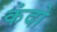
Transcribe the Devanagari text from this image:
कंदो